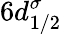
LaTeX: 6d_{1/2}^{\sigma}